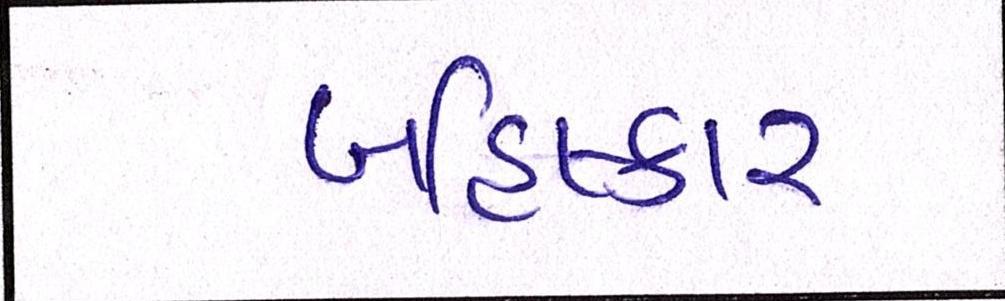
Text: બહિષ્કાર